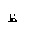
Letter: _za